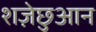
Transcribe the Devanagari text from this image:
शज़ेछुआन